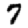
Digit: 7